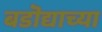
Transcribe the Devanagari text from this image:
बडॊद्याच्या